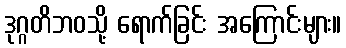
ဒုဂ္ဂတိဘဝသို့ ရောက်ခြင်း အကြောင်းများ။